Standards of the constituents of the urine and blood and the bearing of the metabolism of Bengalis on the problems of nutrition - Number 34
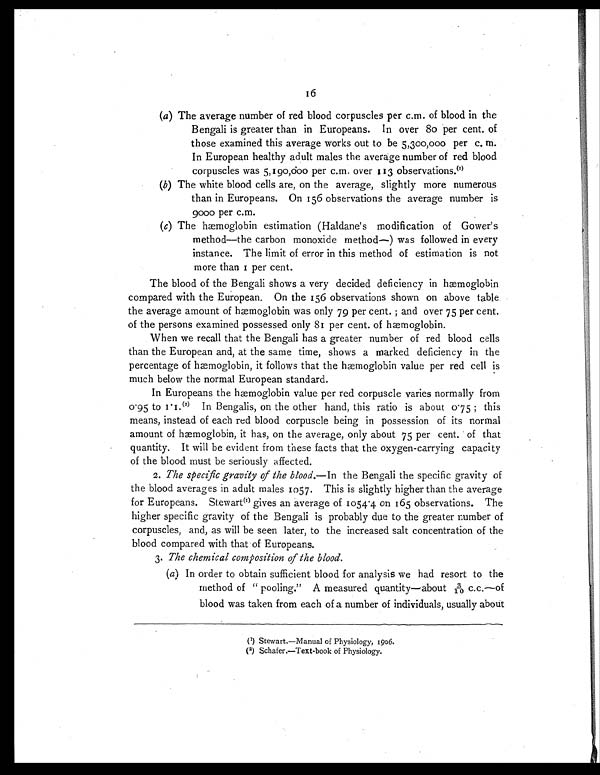
16
(a) The average number of red blood corpuscles per c.m. of blood in the
Bengali is greater than in Europeans. In over 80 per cent. of
those examined this average works out to be 5,300,000 per c.m.
In European healthy adult males the average number of red blood
corpuscles was 5,190,000 per c.m. over 113 observations. ( 1 )
(b) The white blood cells are, on the average, slightly more numerous
than in Europeans. On 156 observations the average number is
9000 per c.m.
(c) The hæmoglobin estimation (Haldane's modification of Gower's
method—the carbon monoxide method—) was followed in every
instance. The limit of error in this method of estimation is not
more than 1 per cent.
The blood of the Bengali shows a very decided deficiency in hæmoglobin
compared with the European. On the 156 observations shown on above table
the average amount of hæmoglobin was only 79 per cent. ; and over 75 per cent.
of the persons examined possessed only 81 per cent. of hæmoglobin.
When we recall that the Bengali has a greater number of red blood cells
than the European and, at the same time, shows a marked deficiency in the
percentage of hæmoglobin, it follows that the hæmoglobin value per red cell is
much below the normal European standard.
In Europeans the hæmoglobin value per red corpuscle varies normally from
0.95 to 1.1. ( 2 ) I n B e n g a l i s , o n t h e o t h e r h a n d , t h i s r a t i o i s a b o u t 0 . 7 5 ; t h i s
means, instead of each red blood corpuscle being in possession of its normal
amount of hæmoglobin, it has, on the average, only about 75 per cent. of that
quantity. It will be evident from these facts that the oxygen-carrying capacity
of the blood must be seriously affected.
2. The specific gravity of the blood. —In the Bengali the specific gravity of
the blood averages in adult males 1057. This is slightly higher than the average
for Europeans. Stewart(1) gives an average of 1054.4 on 165 observations. The
higher specific gravity of the Bengali is probably due to the greater number of
corpuscles, and, as will be seen later, to the increased salt concentration of the
blood compared with that of Europeans.
3. The chemical composition of the blood.
(a) In order to obtain sufficient blood for analysis we had resort to the
method of " pooling." A measured quantity—about 3/10 c.c.—of
blood was taken from each of a number of individuals, usually about
(1) Stewart.—Manual of Physiology, 1906.
(2) Schafer.—Text-book of Physiology.